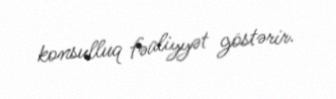
konsulluq fəaliyyət göstərir.